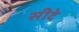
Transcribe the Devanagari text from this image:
सीदे